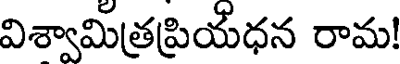
విశ్వామిత్రప్రియధన రామ!